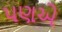
પણએ